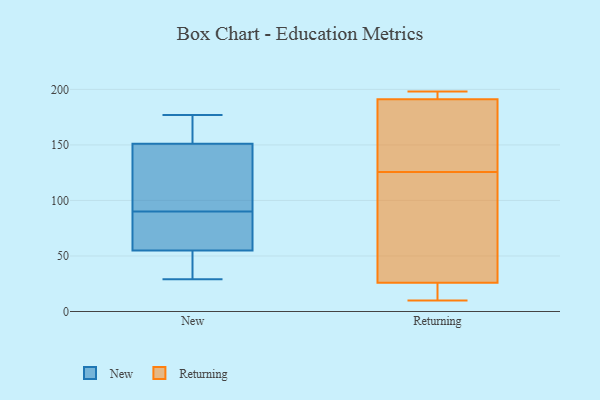
{"axis": {"x": "LTV (USD)", "y": "Value"}, "legend": ["New", "Returning"], "data": [{"x": "", "y": 58, "type": "New"}, {"x": "", "y": 55, "type": "New"}, {"x": "", "y": 109, "type": "New"}, {"x": "", "y": 29, "type": "New"}, {"x": "", "y": 71, "type": "New"}, {"x": "", "y": 172, "type": "New"}, {"x": "", "y": 177, "type": "New"}, {"x": "", "y": 151, "type": "New"}, {"x": "", "y": 31, "type": "New"}, {"x": "", "y": 147, "type": "New"}, {"x": "", "y": 18, "type": "Returning"}, {"x": "", "y": 195, "type": "Returning"}, {"x": "", "y": 175, "type": "Returning"}, {"x": "", "y": 114, "type": "Returning"}, {"x": "", "y": 60, "type": "Returning"}, {"x": "", "y": 137, "type": "Returning"}, {"x": "", "y": 10, "type": "Returning"}, {"x": "", "y": 30, "type": "Returning"}, {"x": "", "y": 22, "type": "Returning"}, {"x": "", "y": 187, "type": "Returning"}, {"x": "", "y": 196, "type": "Returning"}, {"x": "", "y": 198, "type": "Returning"}]}